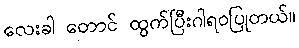
လေးခါ တောင် ထွက်ပြီးဂါရဝပြုတယ်။